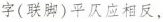
字(联脚)平仄应相反，